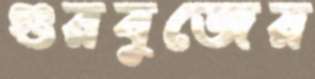
গুরবুজের